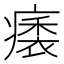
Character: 㿆